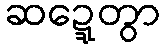
ဆဍ္ဍေတွာ